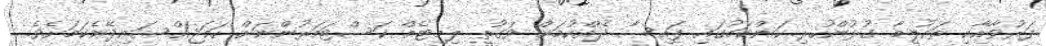
ފަރުވާއާއި ތައުލީމާ ގުޅުންހުރި ކަންކަމުގައި ފައިސާ ދެއްކުމަށް ވަގުތީ ލިމިޓެއް ކަސްޓަމަރުންނަށް ހަމަޖައްސައިދޭނެކަމަށެވެ.